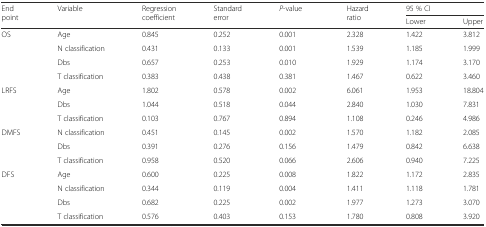
<table><thead><tr><td rowspan="2"><b>End point</b></td><td rowspan="2"><b>Variable</b></td><td rowspan="2"><b>Regression coefficient</b></td><td rowspan="2"><b>Standard error</b></td><td rowspan="2"><b><i>P</i>-value</b></td><td rowspan="2"><b>Hazard ratio</b></td><td colspan="2"><b>95 % CI</b></td></tr><tr><td><b>Lower</b></td><td><b>Upper</b></td></tr></thead><tbody><tr><td rowspan="4">OS</td><td>Age</td><td>0.845</td><td>0.252</td><td>0.001</td><td>2.328</td><td>1.422</td><td>3.812</td></tr><tr><td>N classification</td><td>0.431</td><td>0.133</td><td>0.001</td><td>1.539</td><td>1.185</td><td>1.999</td></tr><tr><td>Dbs</td><td>0.657</td><td>0.253</td><td>0.010</td><td>1.929</td><td>1.174</td><td>3.170</td></tr><tr><td>T classification</td><td>0.383</td><td>0.438</td><td>0.381</td><td>1.467</td><td>0.622</td><td>3.460</td></tr><tr><td rowspan="3">LRFS</td><td>Age</td><td>1.802</td><td>0.578</td><td>0.002</td><td>6.061</td><td>1.953</td><td>18.804</td></tr><tr><td>Dbs</td><td>1.044</td><td>0.518</td><td>0.044</td><td>2.840</td><td>1.030</td><td>7.831</td></tr><tr><td>T classification</td><td>0.103</td><td>0.767</td><td>0.894</td><td>1.108</td><td>0.246</td><td>4.986</td></tr><tr><td rowspan="3">DMFS</td><td>N classification</td><td>0.451</td><td>0.145</td><td>0.002</td><td>1.570</td><td>1.182</td><td>2.085</td></tr><tr><td>Dbs</td><td>0.391</td><td>0.276</td><td>0.156</td><td>1.479</td><td>0.842</td><td>6.638</td></tr><tr><td>T classification</td><td>0.958</td><td>0.520</td><td>0.066</td><td>2.606</td><td>0.940</td><td>7.225</td></tr><tr><td rowspan="4">DFS</td><td>Age</td><td>0.600</td><td>0.225</td><td>0.008</td><td>1.822</td><td>1.172</td><td>2.835</td></tr><tr><td>N classification</td><td>0.344</td><td>0.119</td><td>0.004</td><td>1.411</td><td>1.118</td><td>1.781</td></tr><tr><td>Dbs</td><td>0.682</td><td>0.225</td><td>0.002</td><td>1.977</td><td>1.273</td><td>3.070</td></tr><tr><td>T classification</td><td>0.576</td><td>0.403</td><td>0.153</td><td>1.780</td><td>0.808</td><td>3.920</td></tr></tbody></table>